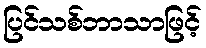
ပြင်သစ်ဘာသာဖြင့်